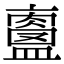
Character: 𥃀